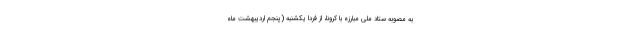
به مصوبه ستاد ملی مبارزه با کرونا، از فردا یکشنبه (پنجم اردیبهشت ماه